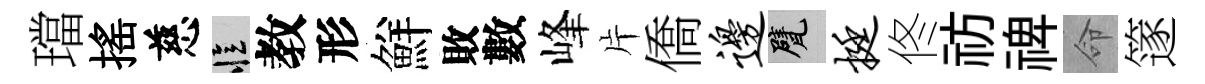
璫揺慈忆教形鮮敗數峰片僑边甓挺佟祊禆命篴